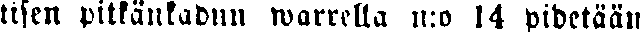
tisen pitkänkadun warrella n:o 14 pidetään